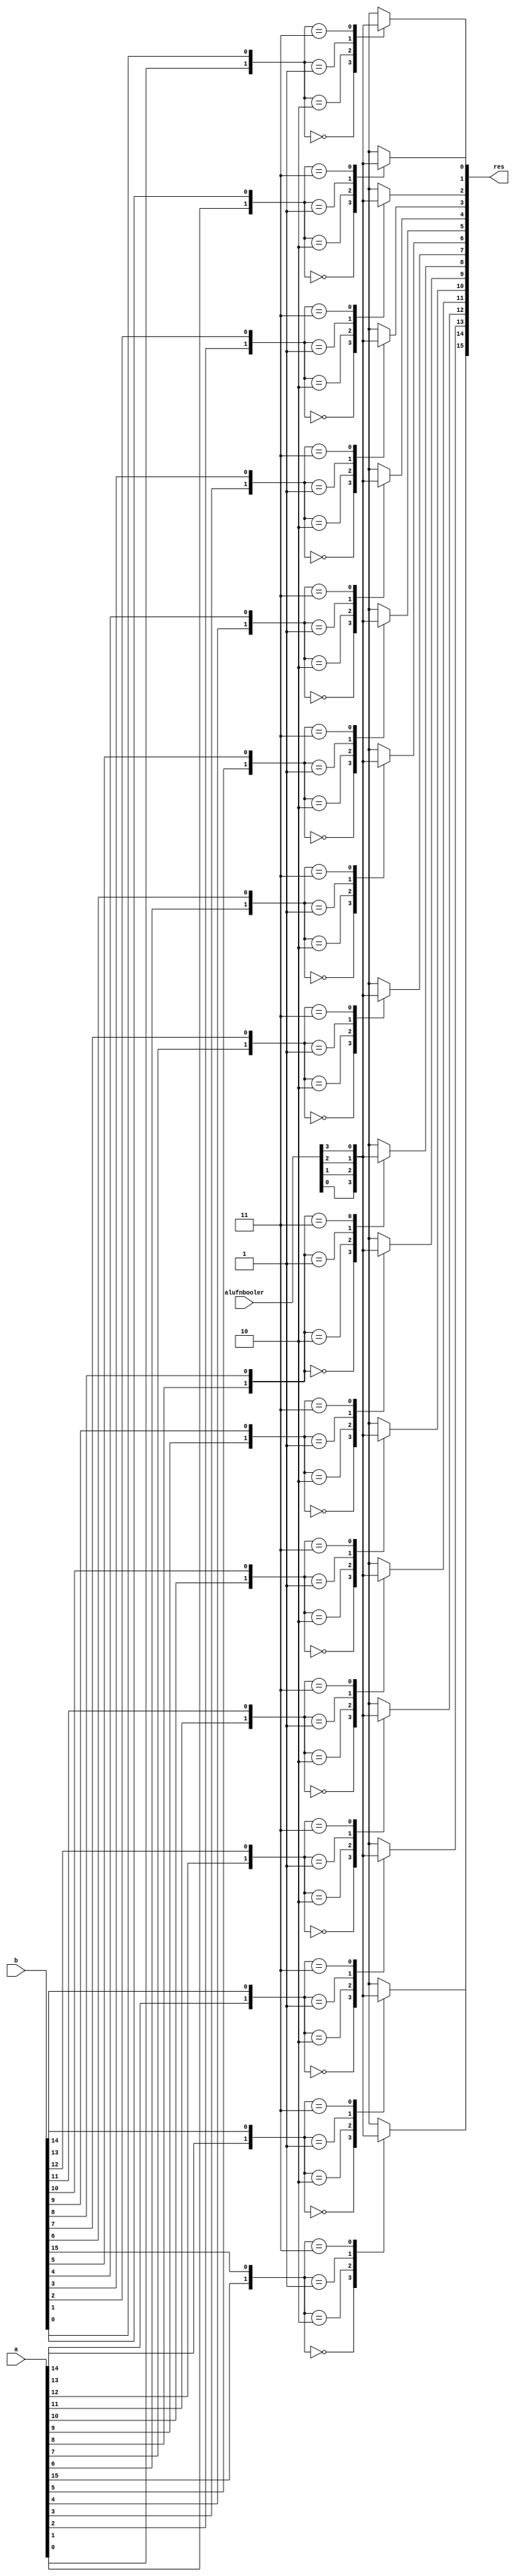
module boolFunction_8 (
    input [15:0] a,
    input [15:0] b,
    input [3:0] alufnbooler,
    output reg [15:0] res
  );
  
  
  
  integer i;
  
  integer input_bits;
  
  always @* begin
    for (i = 1'h0; i < 5'h10; i = i + 1) begin
      input_bits = {a[(i)*1+0-:1], b[(i)*1+0-:1]};
      
      case (input_bits)
        2'h0: begin
          res[(i)*1+0-:1] = alufnbooler[0+0-:1];
        end
        2'h2: begin
          res[(i)*1+0-:1] = alufnbooler[1+0-:1];
        end
        2'h1: begin
          res[(i)*1+0-:1] = alufnbooler[2+0-:1];
        end
        2'h3: begin
          res[(i)*1+0-:1] = alufnbooler[3+0-:1];
        end
        default: begin
          res[(i)*1+0-:1] = 1'h0;
        end
      endcase
    end
  end
endmodule